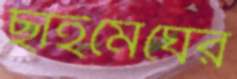
ছাইমেঘের